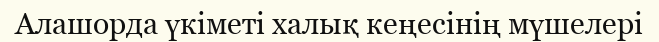
Алашорда үкіметі халық кеңесінің мүшелері